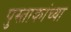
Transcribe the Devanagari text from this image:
पुस्ताकांच्या